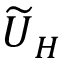
\smash { \widetilde { U } } _ { H }